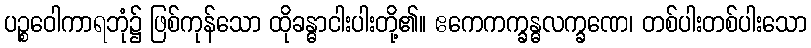
ပဉ္စဝေါကာရဘုံ၌ ဖြစ်ကုန်သော ထိုခန္ဓာငါးပါးတို့၏။ ဧကေကက္ခန္ဓလက္ခဏေ၊ တစ်ပါးတစ်ပါးသော